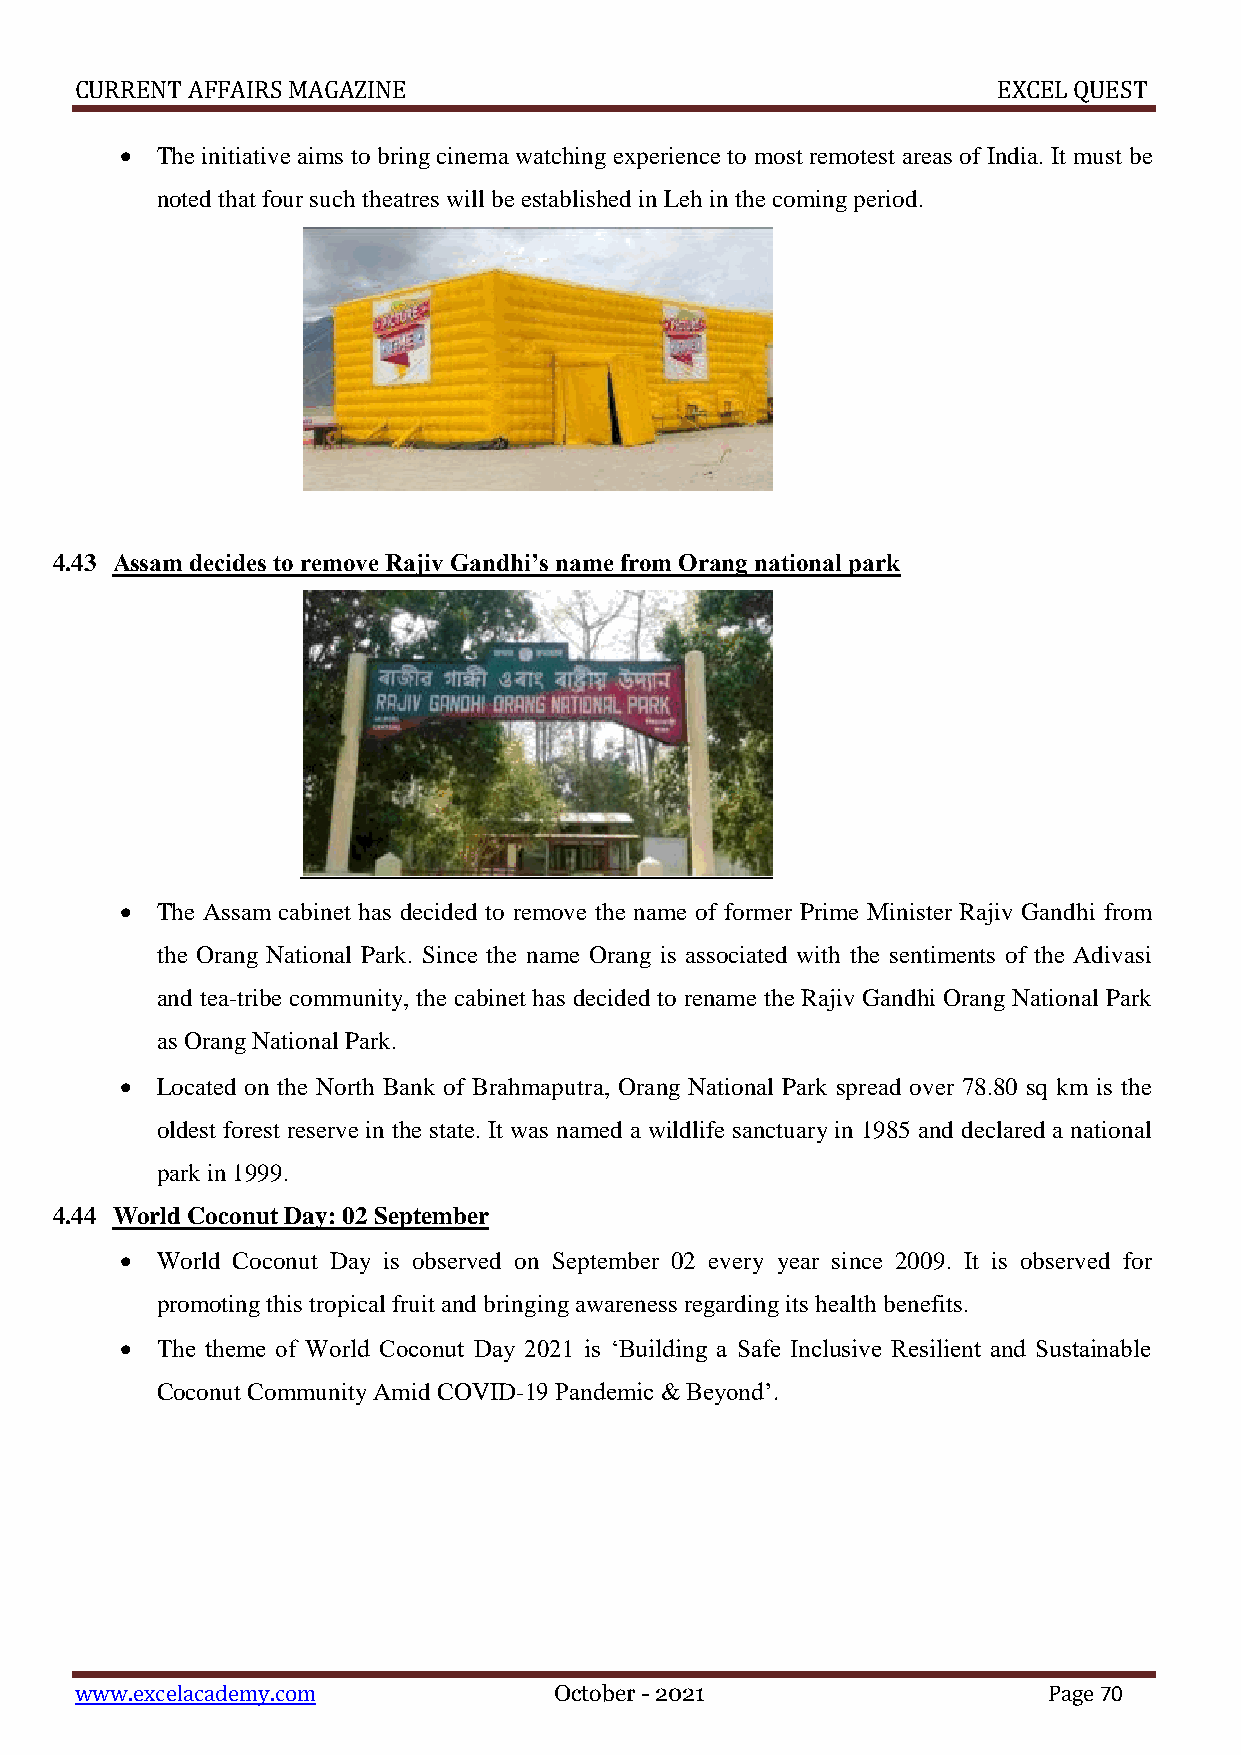
CURRENT AFFAIRS MAGAZINE                                     EXCEL QUEST
  The initiative aims to bring cinema watching experience to most remotest areas of India. It must be
 noted that four such theatres will be established in Leh in the coming period.
 4.43 Assam decides to remove Rajiv Gandhi’s name from Orang national park
  The Assam cabinet has decided to remove the name of former Prime Minister Rajiv Gandhi from
 the Orang National Park. Since the name Orang is associated with the sentiments of the Adivasi
 and tea-tribe community, the cabinet has decided to rename the Rajiv Gandhi Orang National Park
 as Orang National Park.
  Located on the North Bank of Brahmaputra, Orang National Park spread over 78.80 sq km is the
 oldest forest reserve in the state. It was named a wildlife sanctuary in 1985 and declared a national
 park in 1999.
 4.44 World Coconut Day: 02 September
  World Coconut Day is observed on September 02 every year since 2009. It is observed for
 promoting this tropical fruit and bringing awareness regarding its health benefits.
  The theme of World Coconut Day 2021 is ‘Building a Safe Inclusive Resilient and Sustainable
 Coconut Community Amid COVID-19 Pandemic & Beyond’.
 www.excelacademy.com            October - 2021                  Page 70